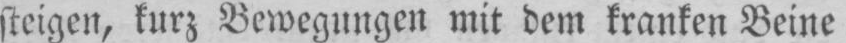
steigen, kurz Bewegungen mit dem kranken Beine